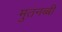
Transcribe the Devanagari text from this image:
मुतनब्बी